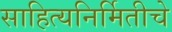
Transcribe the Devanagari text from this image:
साहित्यनिर्मितीचे